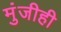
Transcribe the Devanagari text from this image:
मुंजीही